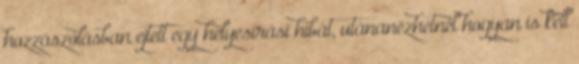
hozzászólásban ejtett egy helyesírási hibát, utánanézhetnél hogyan is kell